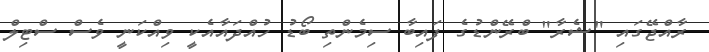
ރާއްޖޭގައި "ޝެރާ" ބްރޭންޑުގެ ފައިބާ ސިމެންތި ބޯޑު ހުއްދައާއެކީ ވިއްކަނީ ވެސް ސްޓިލް